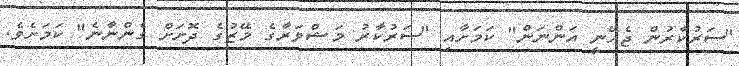
"ސަރުކާރުން ޖެހޭނީ އަންނަން" ކަމަށާއި "ސަރުކާރު މަޝްވަރާގެ މޭޒުގެ ދޮށަށް ގެންނާނެ" ކަމަށެވެ.